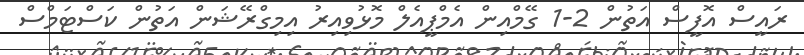
ރައީސް އޮފީސް އަތުން 2-1 ގޭމްއިން އެމްޕީއެލް މޮޅުވިއިރު އިމިގްރޭޝަން އަތުން ކަސްޓަމްސް